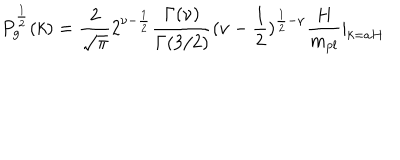
LaTeX: P _ { g } ^ { \frac { 1 } { 2 } } ( k ) = \frac { 2 } { \sqrt { \pi } } 2 ^ { \nu - \frac { 1 } { 2 } } \frac { \Gamma ( \nu ) } { \Gamma ( 3 / 2 ) } ( \nu - \frac { 1 } { 2 } ) ^ { \frac { 1 } { 2 } - \nu } \frac { H } { m _ { p l } } | _ { k = a H }